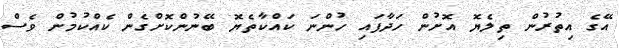
އޭގެ އިތުރުން ތިލެޔޮ އޮށުން ހަދާފައި ހުންނަ ކައްކާތެޔޮ ބޭނުންކޮށްގެން ކެއްކުމުން ވެސް